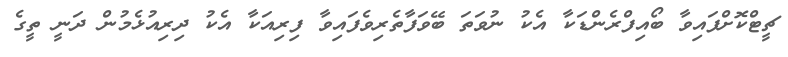
ޗީޓްކޮށްފައިވާ ބޯއިފްރެންޑަކާ އެކު ނުވަތަ ބޭވަފާތެރިވެފައިވާ ފިރިއަކާ އެކު ދިރިއުޅެމުން ދަނީ ތީގެ